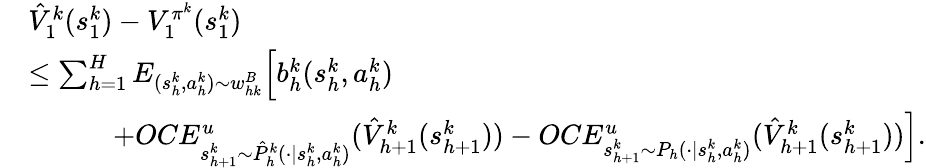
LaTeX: \begin{array}{rl}&{\hat{V}_{1}^{k}(s_{1}^{k})-V_{1}^{\pi^{k}}(s_{1}^{k})}\\ &{\leq\sum_{h=1}^{H}E_{(s_{h}^{k},a_{h}^{k})\sim w_{hk}^{B}}\Big[b_{h}^{k}(s_{h}^{k},a_{h}^{k})}\\ &{\quad\quad\quad+OCE_{s_{h+1}^{k}\sim\hat{P}_{h}^{k}(\cdot\vert s_{h}^{k},a_{h}^{k})}^{u}(\hat{V}_{h+1}^{k}(s_{h+1}^{k}))-OCE_{s_{h+1}^{k}\sim P_{h}(\cdot\vert s_{h}^{k},a_{h}^{k})}^{u}(\hat{V}_{h+1}^{k}(s_{h+1}^{k}))\Big].}\end{array}